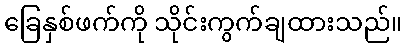
ခြေနှစ်ဖက်ကို သိုင်းကွက်ချထားသည်။